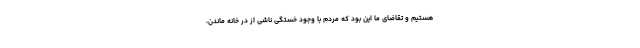
هستیم و تقاضای ما این بود که مردم با وجود خستگی ناشی از در خانه ماندن،